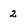
Character: 2